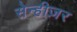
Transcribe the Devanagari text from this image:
सेन्हीज़र